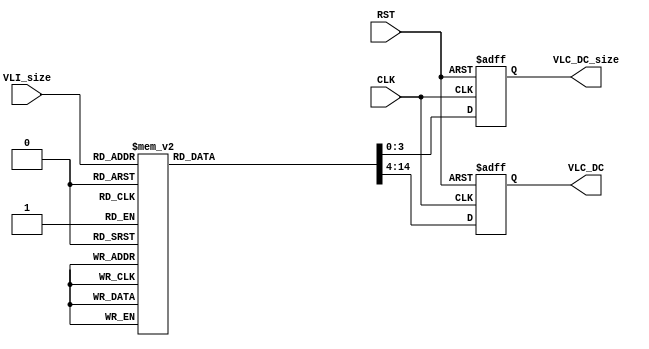
module DC_CR_ROM
(
 input wire 	   CLK,
 input wire 	   RST,
 input wire [3:0]  VLI_size,
 output reg [3:0]  VLC_DC_size,
 output reg [10:0] VLC_DC
);



  //-----------------------------------------------------------------
  // DC-ROM
  //-----------------------------------------------------------------
  always @(posedge CLK or posedge RST) begin
    if(RST == 1'b 1) begin
      VLC_DC_size <= 4'h 0;
      VLC_DC <= {11{1'b0}};
    end else begin
      case(VLI_size)
      4'h 0 : begin
        VLC_DC_size <= 4'h 2;
        VLC_DC <= (2'b 00);
      end
      4'h 1 : begin
        VLC_DC_size <= 4'h 2;
        VLC_DC <= (2'b 01);
      end
      4'h 2 : begin
        VLC_DC_size <= 4'h 2;
        VLC_DC <= (2'b 10);
      end
      4'h 3 : begin
        VLC_DC_size <= 4'h 3;
        VLC_DC <= (3'b 110);
      end
      4'h 4 : begin
        VLC_DC_size <= 4'h 4;
        VLC_DC <= (4'b 1110);
      end
      4'h 5 : begin
        VLC_DC_size <= 4'h 5;
        VLC_DC <= (5'b 11110);
      end
      4'h 6 : begin
        VLC_DC_size <= 4'h 6;
        VLC_DC <= (6'b 111110);
      end
      4'h 7 : begin
        VLC_DC_size <= 4'h 7;
        VLC_DC <= (7'b 1111110);
      end
      4'h 8 : begin
        VLC_DC_size <= 4'h 8;
        VLC_DC <= (8'b 11111110);
      end
      4'h 9 : begin
        VLC_DC_size <= 4'h 9;
        VLC_DC <= (9'b 111111110);
      end
      4'h A : begin
        VLC_DC_size <= 4'h A;
        VLC_DC <= (10'b 1111111110);
      end
      4'h B : begin
        VLC_DC_size <= 4'h B;
        VLC_DC <= (11'b 11111111110);
      end
      default : begin
        VLC_DC_size <= 4'h 0;
        VLC_DC <= {11{1'b0}};
      end
      endcase
    end
  end


endmodule